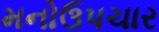
મનોઉપચાર